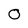
Character: 0